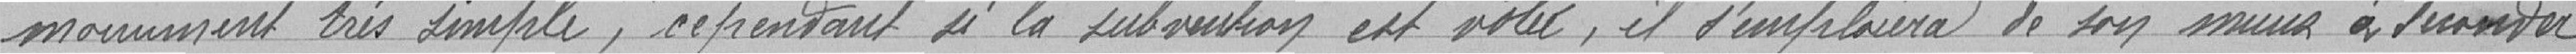
monument très simple; cependant si la subvention est votée, et s'emploiera de son mieux à seconder